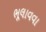
ભૂલાવવા